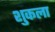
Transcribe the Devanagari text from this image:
शुकला